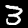
Label: 3